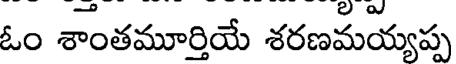
ఓం శాంతమూర్తియే శరణమయ్యప్ప